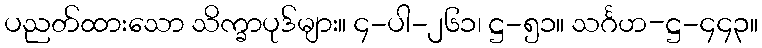
ပညတ်ထားသော သိက္ခာပုဒ်များ။ ၄-ပါ-၂၆၁၊ ဋ္ဌ-၅၁။ သင်္ဂဟ-ဋ္ဌ-၄၄၃။